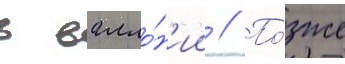
в валло́н'ии // По́зже